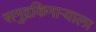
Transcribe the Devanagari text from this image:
समुद्रकिनार्‍याला